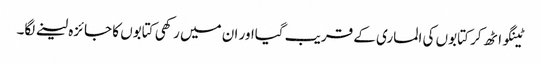
ٹینگو اٹھ کر کتابوں کی الماری کے قریب گیااور ان میں رکھی کتابوں کا جائزہ لینے لگا۔